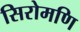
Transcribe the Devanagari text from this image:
सिरोमणि